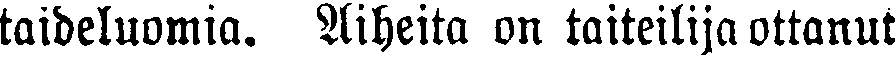
taideluomia. Aiheita on taiteilija ottanut